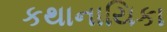
કથાનાયિકા